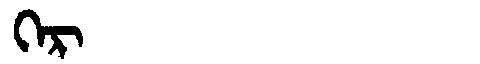
Manchu: ᡴᡝᡵ
Romanization: KER